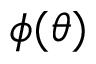
\phi ( \theta )